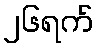
၂၆ရက်